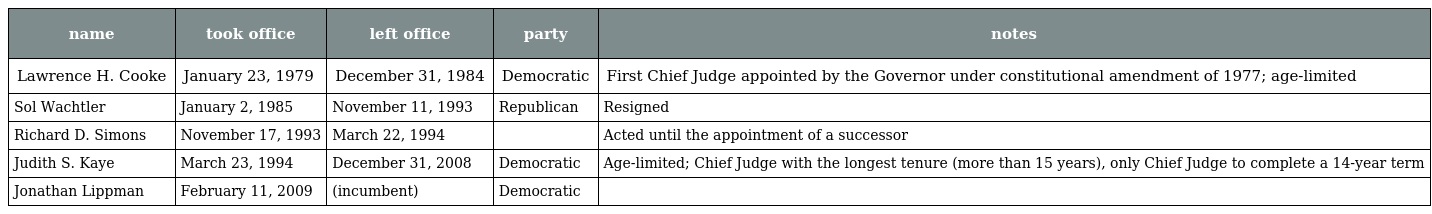
| name | took office | left office | party | notes |
 | --- | --- | --- | --- | --- |
 | Lawrence H. Cooke | January 23, 1979 | December 31, 1984 | Democratic | First Chief Judge appointed by the Governor under constitutional amendment of 1977; age-limited |
 | Sol Wachtler | January 2, 1985 | November 11, 1993 | Republican | Resigned |
 | Richard D. Simons | November 17, 1993 | March 22, 1994 |  | Acted until the appointment of a successor |
 | Judith S. Kaye | March 23, 1994 | December 31, 2008 | Democratic | Age-limited; Chief Judge with the longest tenure (more than 15 years), only Chief Judge to complete a 14-year term |
 | Jonathan Lippman | February 11, 2009 | (incumbent) | Democratic |  |